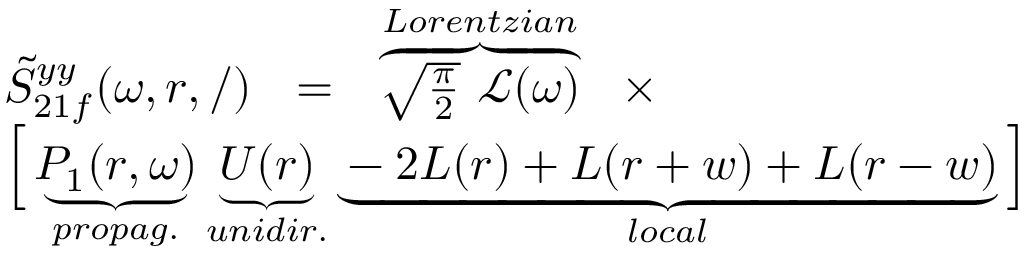
\begin{array} { r l } & { \tilde { S } _ { 2 1 f } ^ { y y } ( \omega , r , / ) ~ ~ = ~ ~ \overbrace { \sqrt { \frac \pi 2 } ~ \mathcal { L } ( \omega ) } ^ { L o r e n t z i a n } ~ ~ \times } \\ & { \Big [ \underbrace { P _ { 1 } ( r , \omega ) } _ { p r o p a g . } \underbrace { U ( r ) } _ { u n i d i r . } \underbrace { - 2 L ( r ) + L ( r + w ) + L ( r - w ) } _ { l o c a l } \Big ] } \end{array}